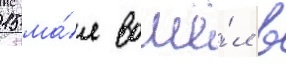
15 ма́я вошё́л в